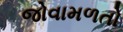
જોવામળતો